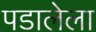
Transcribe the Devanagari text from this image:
पडालेला